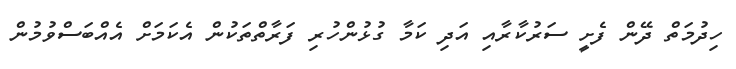
ހިދުމަތް ދޭން ފެށީ ސަރުކާރާއި އަދި ކަމާ ގުޅުންހުރި ފަރާތްތަކުން އެކަމަށް އެއްބަސްވުމުން